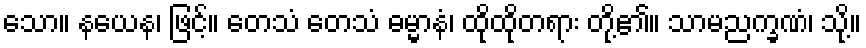
သော။ နယေန၊ ဖြင့်။ တေသံ တေသံ ဓမ္မာနံ၊ ထိုထိုတရား တို့၏။ သာမညက္ခဏံ၊ သို့။